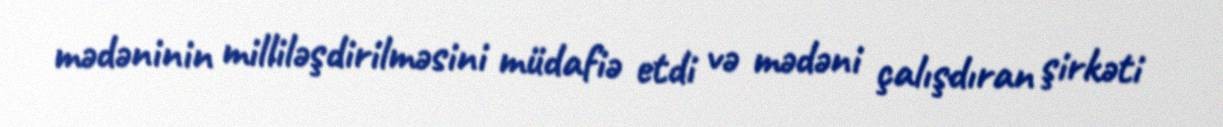
mədəninin milliləşdirilməsini müdafiə etdi və mədəni çalışdıran şirkəti